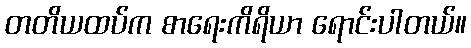
တတိယထပ်က စာရေးကိရိယာ ရောင်းပါတယ်။